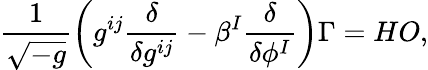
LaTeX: \frac{1}{\sqrt{-g}}\left(g^{ij}{\frac{\delta}{\delta g^{ij}}}-\beta^{I}\frac{\delta}{\delta\phi^{I}}\right)\Gamma=HO,